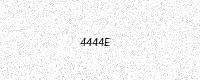
Text: 4444E